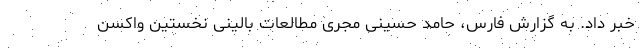
خبر داد. به گزارش فارس، حامد حسینی مجری مطالعات بالینی نخستین واکسن